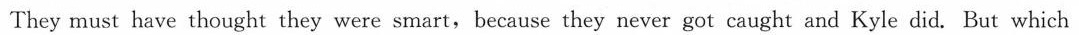
They must have thought they were smart,because they never got caught and Kyle did. But which